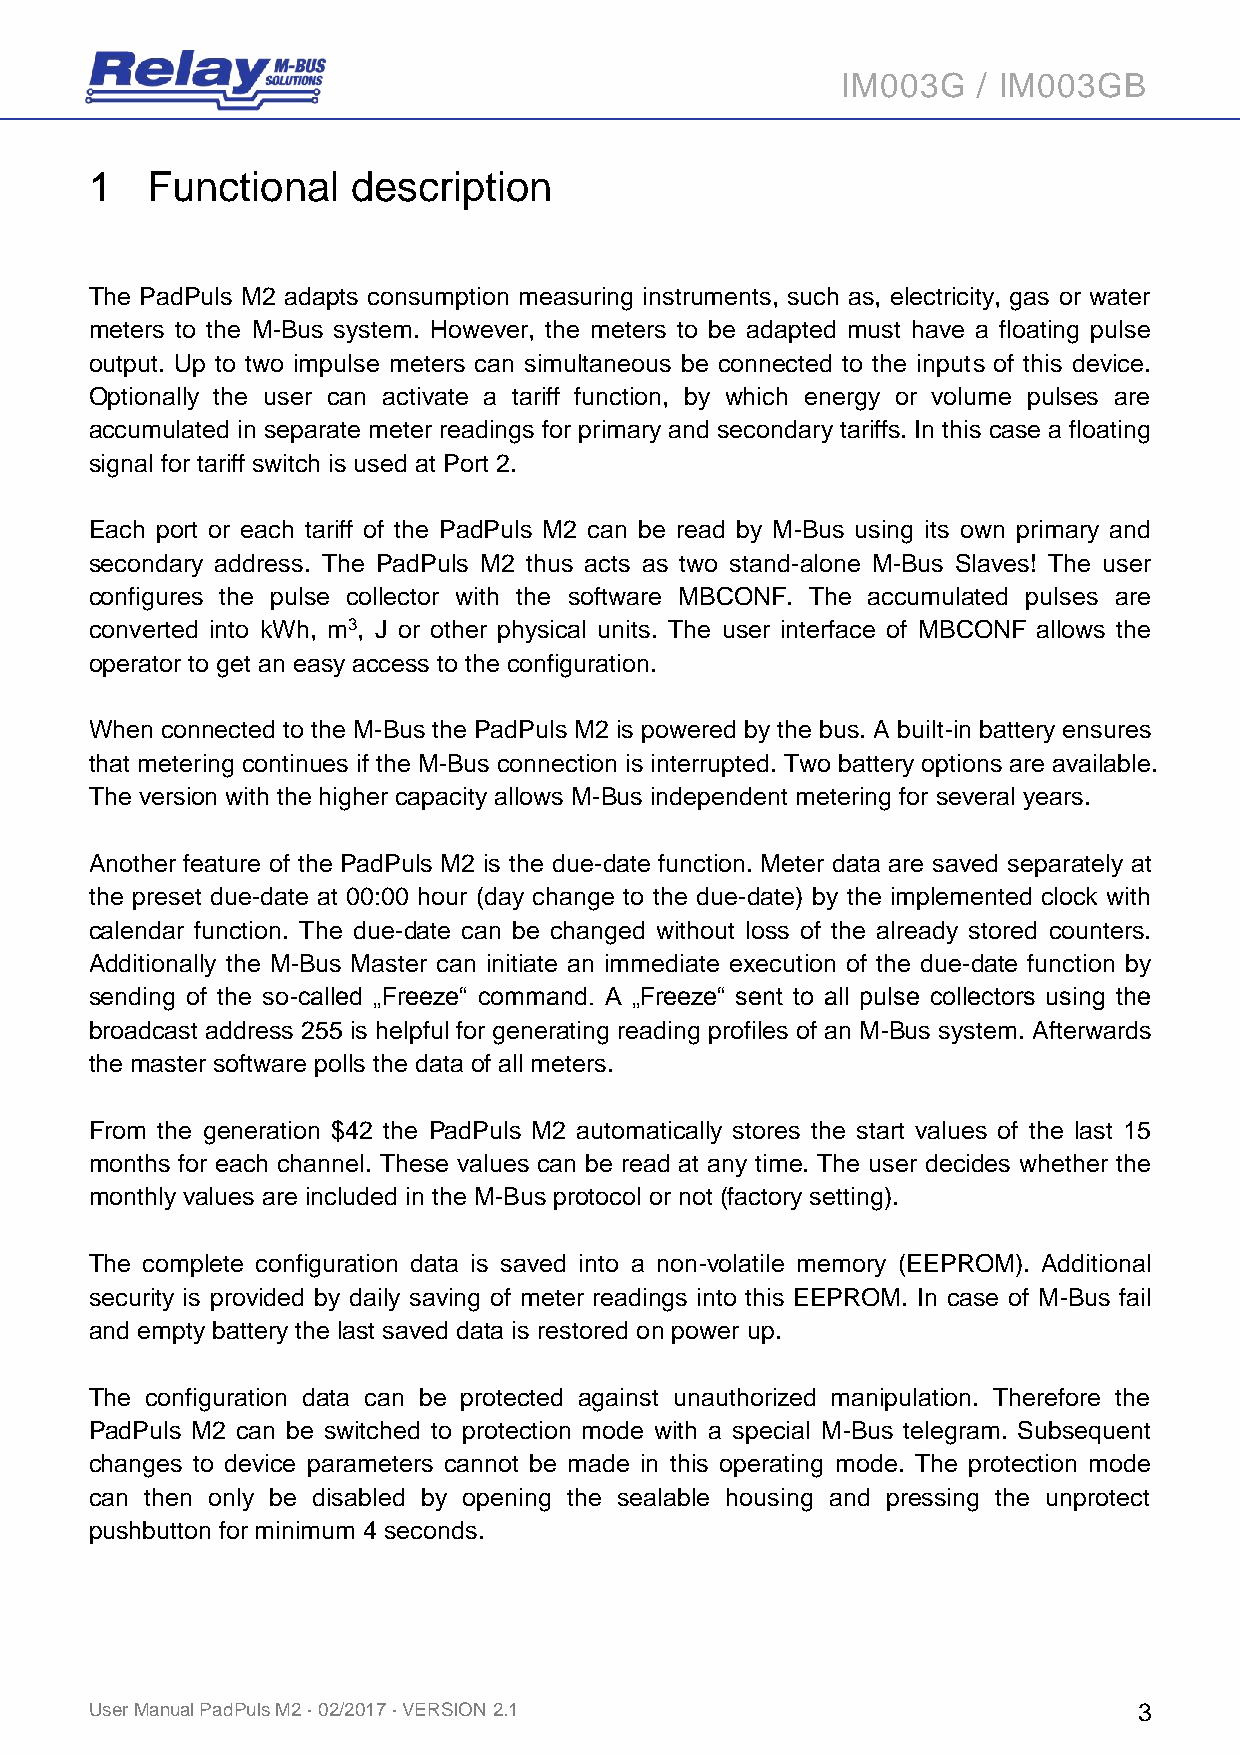
IM003G   / IM003GB
 1   Functional   description
 The PadPuls M2 adapts consumption measuring instruments, such as, electricity, gas or water
 meters to the M-Bus system. However, the meters to be adapted must have a floating pulse
 output. Up to two impulse meters can simultaneous be connected to the inputs of this device.
 Optionally the user can activate a tariff function, by which energy or volume pulses are
 accumulated in separate meter readings for primary and secondary tariffs. In this case a floating
 signal for tariff switch is used at Port 2.
 Each port or each tariff of the PadPuls M2 can be read by M-Bus using its own primary and
 secondary address. The PadPuls M2 thus acts as two stand-alone M-Bus Slaves! The user
 configures the pulse collector with the software MBCONF. The accumulated pulses are
 converted into kWh, m3, J or other physical units. The user interface of MBCONF allows the
 operator to get an easy access to the configuration.
 When connected to the M-Bus the PadPuls M2 is powered by the bus. A built-in battery ensures
 that metering continues if the M-Bus connection is interrupted. Two battery options are available.
 The version with the higher capacity allows M-Bus independent metering for several years.
 Another feature of the PadPuls M2 is the due-date function. Meter data are saved separately at
 the preset due-date at 00:00 hour (day change to the due-date) by the implemented clock with
 calendar function. The due-date can be changed without loss of the already stored counters.
 Additionally the M-Bus Master can initiate an immediate execution of the due-date function by
 sending of the so-called „Freeze“ command. A „Freeze“ sent to all pulse collectors using the
 broadcast address 255 is helpful for generating reading profiles of an M-Bus system. Afterwards
 the master software polls the data of all meters.
 From the generation $42 the PadPuls M2 automatically stores the start values of the last 15
 months for each channel. These values can be read at any time. The user decides whether the
 monthly values are included in the M-Bus protocol or not (factory setting).
 The complete configuration data is saved into a non-volatile memory (EEPROM). Additional
 security is provided by daily saving of meter readings into this EEPROM. In case of M-Bus fail
 and empty battery the last saved data is restored on power up.
 The configuration data can be protected against unauthorized manipulation. Therefore the
 PadPuls M2 can be switched to protection mode with a special M-Bus telegram. Subsequent
 changes to device parameters cannot be made in this operating mode. The protection mode
 can then only be disabled by opening the sealable housing and pressing the unprotect
 pushbutton for minimum 4 seconds.
 User Manual PadPuls M2 · 02/2017 · VERSION 2.1                       3